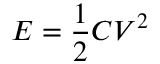
E = \frac { 1 } { 2 } C V ^ { 2 }